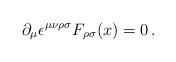
LaTeX: \begin{align*}\partial_\mu \epsilon^{\mu \nu \rho \sigma} F_{\rho \sigma} (x)= 0 \, .\end{align*}